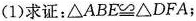
(1)求证：$$\DeltaABE\cong\DeltaDFA$$；